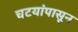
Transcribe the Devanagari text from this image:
चटयांपासून